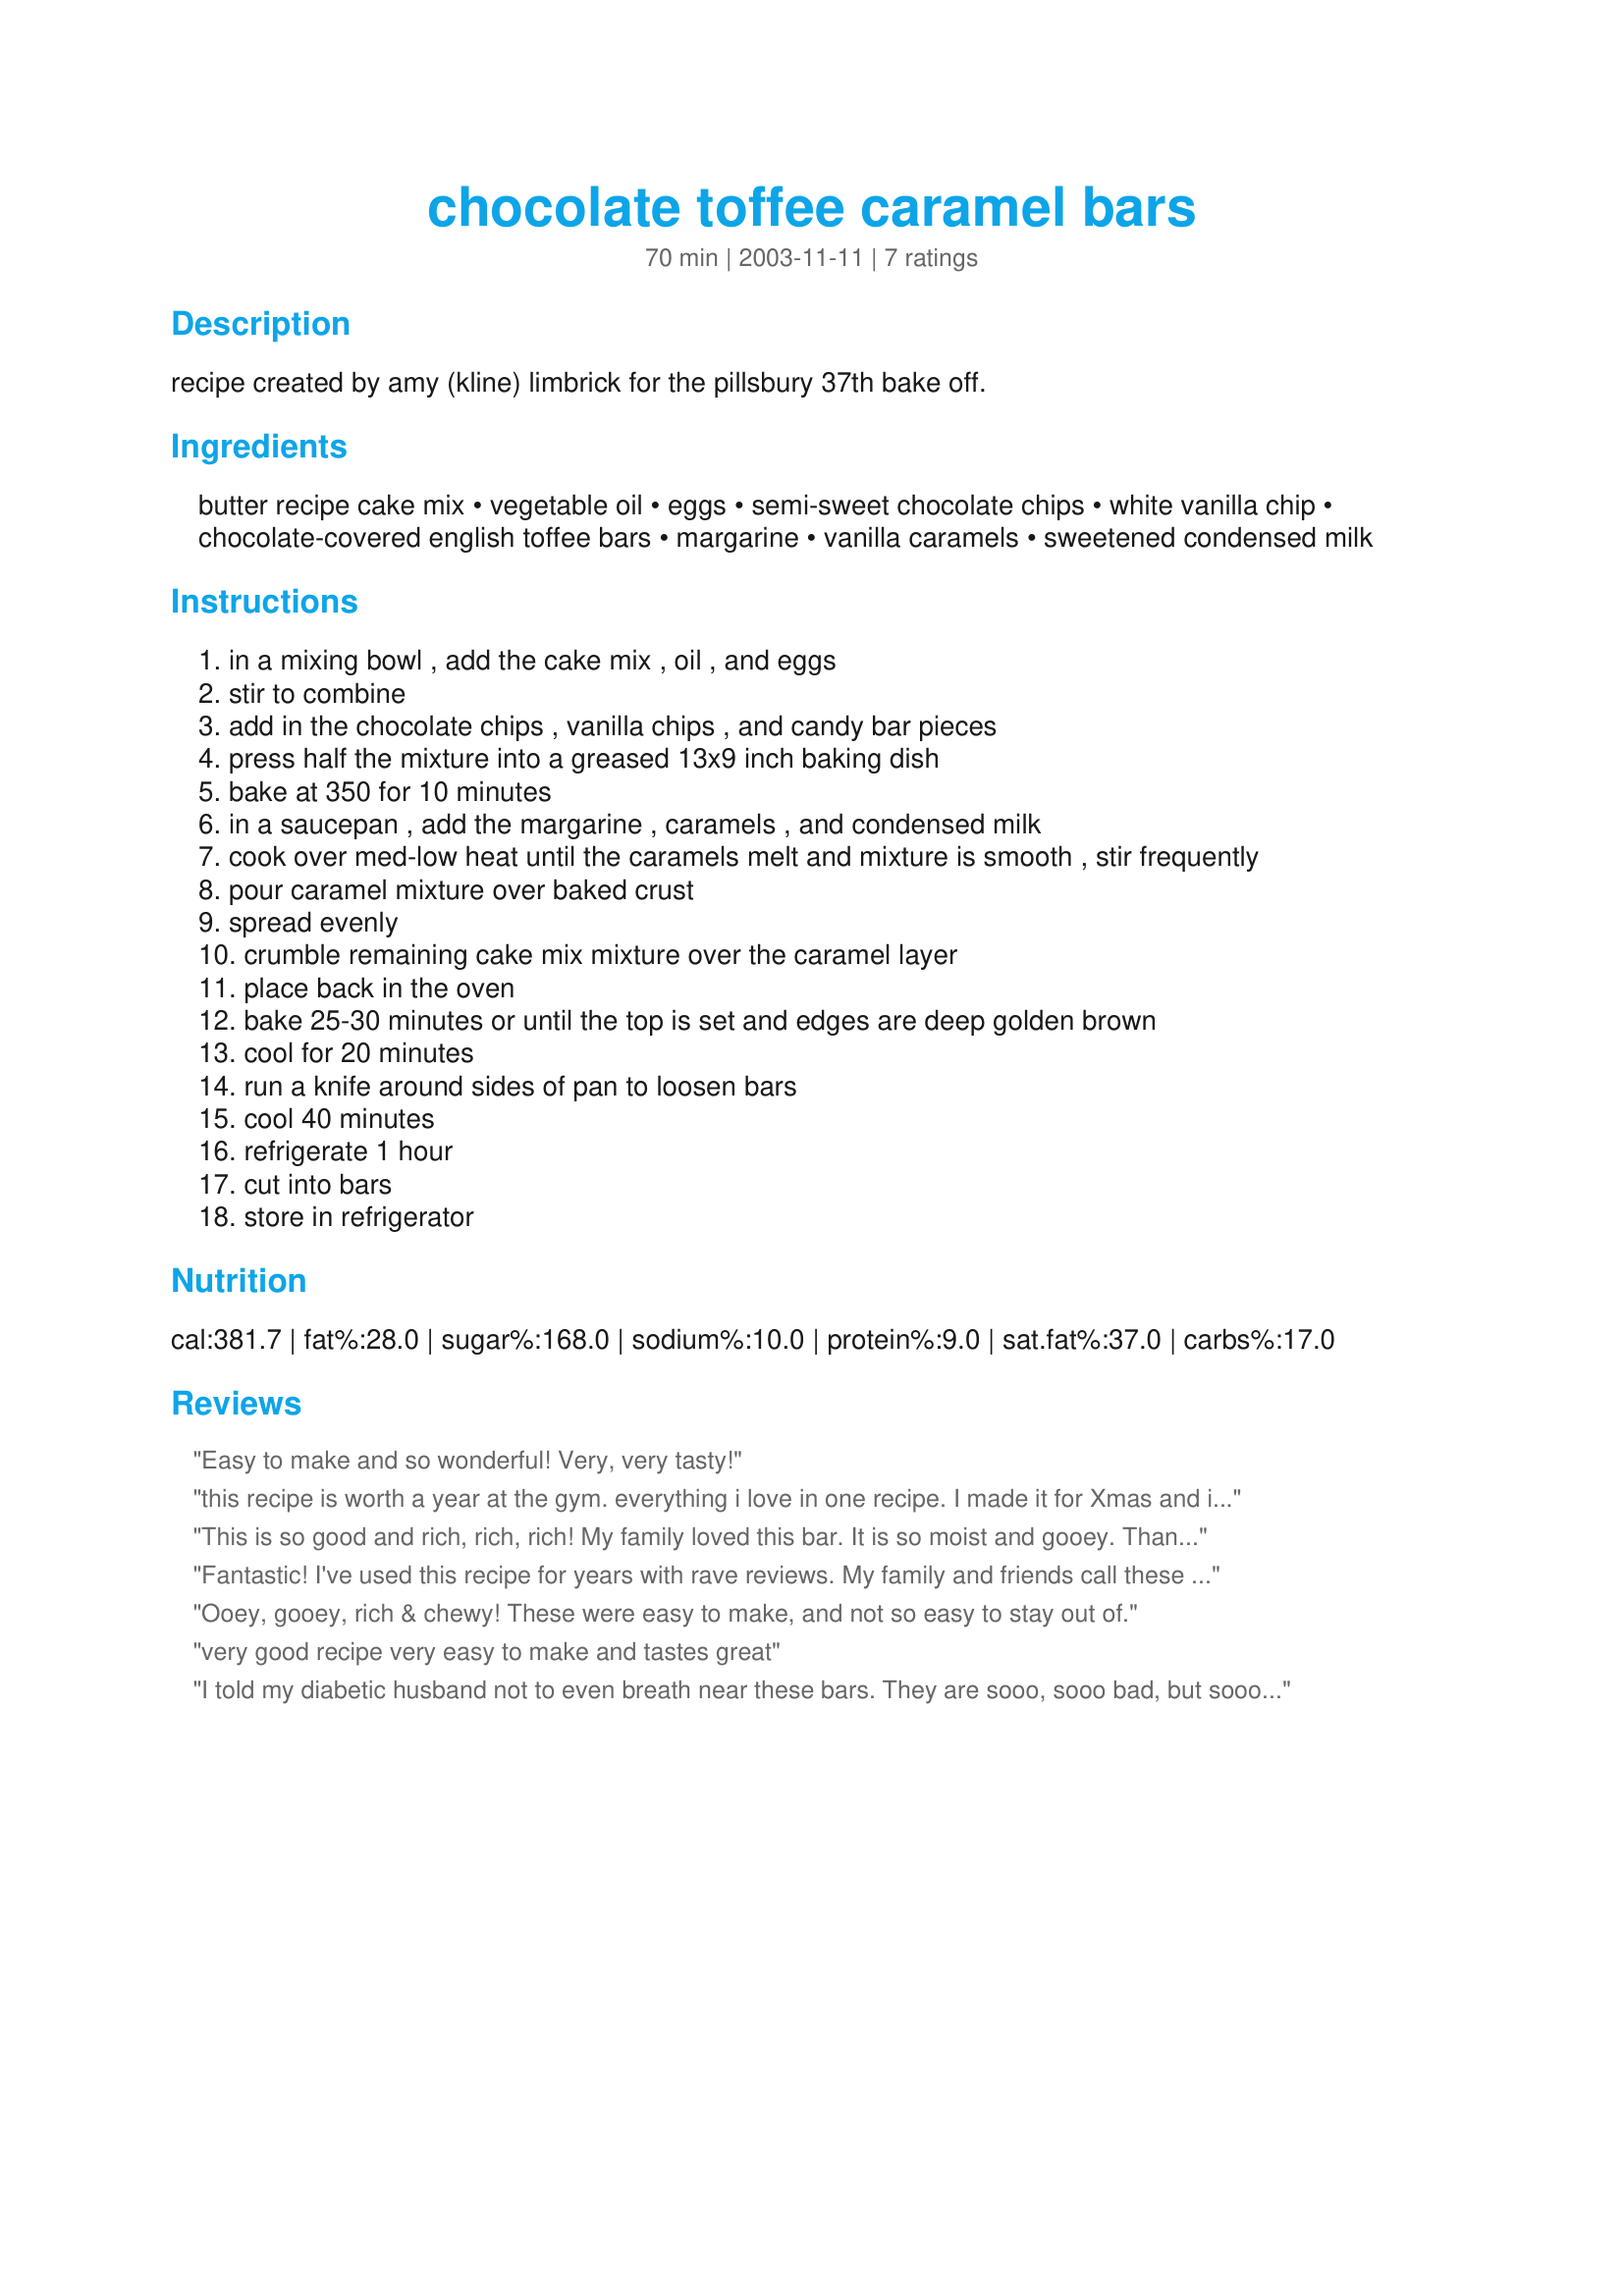
chocolate toffee caramel bars
Preparation time: 70 minutes

recipe created by amy (kline) limbrick for the pillsbury 37th bake off.

Ingredients:
butter recipe cake mix, vegetable oil, eggs, semi-sweet chocolate chips, white vanilla chip, chocolate-covered english toffee bars, margarine, vanilla caramels, sweetened condensed milk

Steps:
in a mixing bowl , add the cake mix , oil , and eggs
stir to combine
add in the chocolate chips , vanilla chips , and candy bar pieces
press half the mixture into a greased 13x9 inch baking dish
bake at 350 for 10 minutes
in a saucepan , add the margarine , caramels , and condensed milk
cook over med-low heat until the caramels melt and mixture is smooth , stir frequently
pour caramel mixture over baked crust
spread evenly
crumble remaining cake mix mixture over the caramel layer
place back in the oven
bake 25-30 minutes or until the top is set and edges are deep golden brown
cool for 20 minutes
run a knife around sides of pan to loosen bars
cool 40 minutes
refrigerate 1 hour
cut into bars
store in refrigerator

Reviews:
Easy to make and so wonderful! Very, very tasty!
this recipe is worth a year at the gym. everything i love in one recipe. I made it for Xmas and it was inhaled immediately. definitely a keeper.
This is so good and rich, rich, rich! My family loved this bar. It is so moist and gooey. Thanks, NurseDi.
Fantastic! I've used this recipe for years with rave reviews. My family and friends call these Gooey Bars. They asked for them so much that some people think it's the only dessert I know how to make!
Ooey, gooey, rich & chewy! These were easy to make, and not so easy to stay out of.
very good recipe very easy to make and tastes great
I told my diabetic husband not to even breath near these bars. They are sooo, sooo bad, but soooo, soooo good! Kind of reminds me of seven layer bars but not as overtly sweet. Delish!
